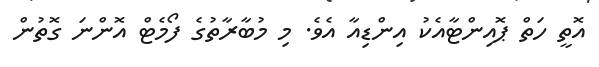
އޮތީ ހަތް ޕޮއިންޓާއެކު އިންޑިއާ އެވެ. މި މުބާރާތުގެ ފޯމެޓް އޮންނަ ގޮތުން